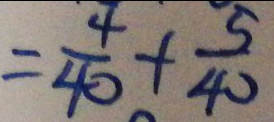
= \frac { 4 } { 4 0 } + \frac { 5 } { 4 0 }